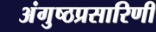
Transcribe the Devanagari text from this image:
अंगुष्ठप्रसारिणी